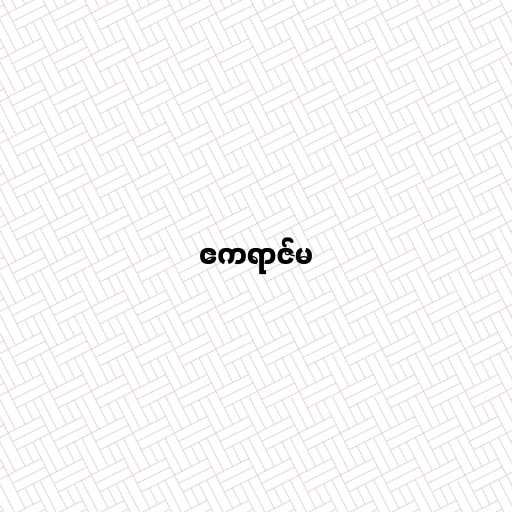
ဧကရာဇ်မ